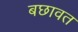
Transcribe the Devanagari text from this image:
बछावत